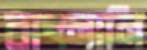
বাৎলালি